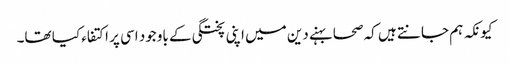
کیونکہ ہم جانتے ہیں کہ صحابہنے دین میں اپنی پختگی کے باوجود اسی پر اکتفاء کیا تھا۔